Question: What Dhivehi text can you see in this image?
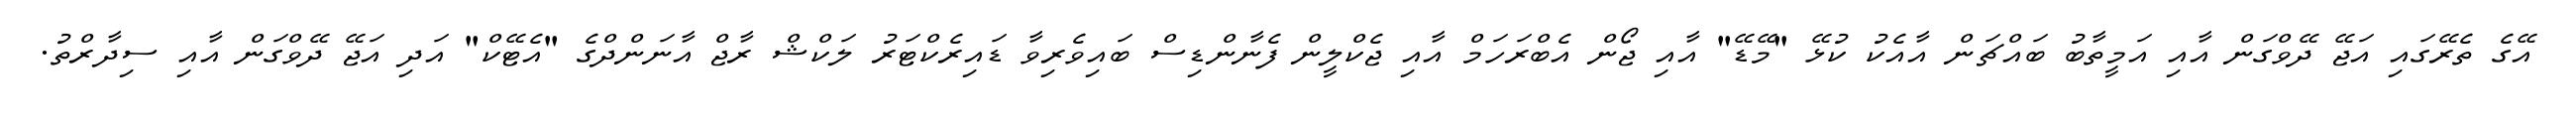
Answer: އޭގެ ތެރޭގައި އަޖޭ ދޭވްގަން އާއި އަމީތާބު ބައްޗަން އާއެކު ކުޅޭ "މޭޑޭ" އާއި ޖޯން އެބްރަހަމް އާއި ޖެކްލީން ފެނާންޑިސް ބައިވެރިވާ ޑައިރެކްޓަރު ލަކްޝް ރާޖް އާނަންދްގެ "އެޓޭކް" އަދި އަޖޭ ދޭވްގަން އާއި ސިދާރްތު.